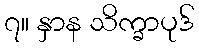
၇။ နှာန သိက္ခာပုဒ်